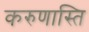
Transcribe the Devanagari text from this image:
करुणास्ति